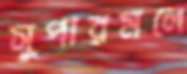
সুপারমলে